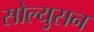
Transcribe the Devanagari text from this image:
सोल्युसन